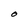
Character: O